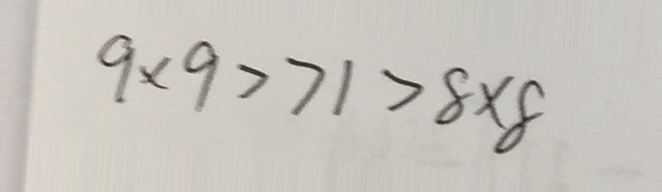
9 \times 9 > 7 1 > 8 \times 8